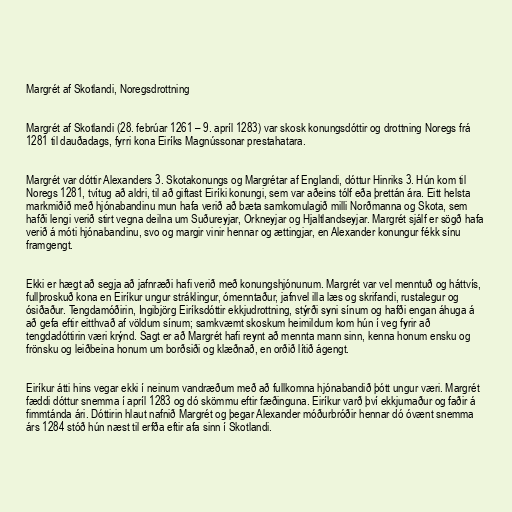
Margrét af Skotlandi, Noregsdrottning

Margrét af Skotlandi (28. febrúar 1261 – 9. apríl 1283) var skosk konungsdóttir og drottning Noregs frá
1281 til dauðadags, fyrri kona Eiríks Magnússonar prestahatara.

Margrét var dóttir Alexanders 3. Skotakonungs og Margrétar af Englandi, dóttur Hinriks 3. Hún kom til
Noregs 1281, tvítug að aldri, til að giftast Eiríki konungi, sem var aðeins tólf eða þrettán ára. Eitt helsta
markmiðið með hjónabandinu mun hafa verið að bæta samkomulagið milli Norðmanna og Skota, sem
hafði lengi verið stirt vegna deilna um Suðureyjar, Orkneyjar og Hjaltlandseyjar. Margrét sjálf er sögð hafa
verið á móti hjónabandinu, svo og margir vinir hennar og ættingjar, en Alexander konungur fékk sínu
framgengt.

Ekki er hægt að segja að jafnræði hafi verið með konungshjónunum. Margrét var vel menntuð og háttvís,
fullþroskuð kona en Eiríkur ungur stráklingur, ómenntaður, jafnvel illa læs og skrifandi, rustalegur og
ósiðaður. Tengdamóðirin, Ingibjörg Eiríksdóttir ekkjudrottning, stýrði syni sínum og hafði engan áhuga á
að gefa eftir eitthvað af völdum sínum; samkvæmt skoskum heimildum kom hún í veg fyrir að
tengdadóttirin væri krýnd. Sagt er að Margrét hafi reynt að mennta mann sinn, kenna honum ensku og
frönsku og leiðbeina honum um borðsiði og klæðnað, en orðið lítið ágengt.

Eiríkur átti hins vegar ekki í neinum vandræðum með að fullkomna hjónabandið þótt ungur væri. Margrét
fæddi dóttur snemma í apríl 1283 og dó skömmu eftir fæðinguna. Eiríkur varð því ekkjumaður og faðir á
fimmtánda ári. Dóttirin hlaut nafnið Margrét og þegar Alexander móðurbróðir hennar dó óvænt snemma
árs 1284 stóð hún næst til erfða eftir afa sinn í Skotlandi.